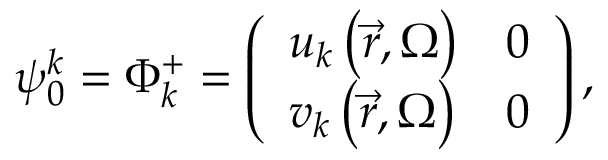
\psi _ { 0 } ^ { k } = \Phi _ { k } ^ { + } = \left( { \begin{array} { l l } { { { u _ { k } \left( { \vec { r } , \Omega } \right) } } } & { { 0 } } \\ { { { v _ { k } \left( { \vec { r } , \Omega } \right) } } } & { { 0 } } \end{array} } \right) ,